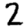
Digit: 2